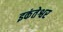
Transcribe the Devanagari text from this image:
इकंतेश्वर